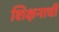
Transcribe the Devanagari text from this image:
शिक्षनाची